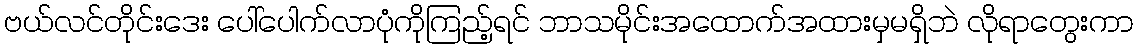
ဗယ်လင်တိုင်းဒေး ပေါ်ပေါက်လာပုံကိုကြည့်ရင် ဘာသမိုင်းအထောက်အထားမှမရှိဘဲ လိုရာတွေးကာ